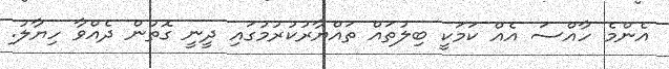
އެންމެ ހާއްސަ އެއް ކަމަކީ ބިލުތައް ތައްޔާރުކުރުމުގައި ދީނީ ގޮތުން ދެއްވާ ހިޔާލު.